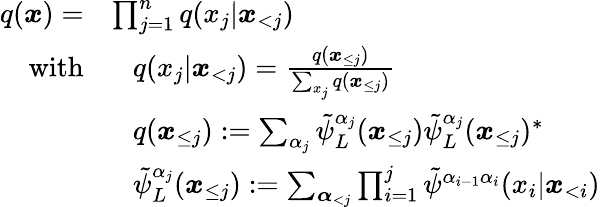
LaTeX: \begin{array}{rl}{q(\boldsymbol{x})=}&{\prod_{j=1}^{n}q(x_{j}|\boldsymbol{x}_{<j})}\\ {\mathrm{with}}&{\ \ \ q(x_{j}|\boldsymbol{x}_{<j})=\frac{q(\boldsymbol{x}_{\le j})}{\sum_{x_{j}}q(\boldsymbol{x}_{\le j})}}\\ &{\ \ \ q(\boldsymbol x_{\le j}):=\sum_{\alpha_{j}}\tilde{\psi}_{L}^{\alpha_{j}}(\boldsymbol x_{\le j})\tilde{\psi}_{L}^{\alpha_{j}}(\boldsymbol x_{\le j})^{*}}\\ &{\ \ \ \tilde{\psi}_{L}^{\alpha_{j}}(\boldsymbol x_{\le j}):=\sum_{\boldsymbol{\alpha}_{<j}}\prod_{i=1}^{j}\tilde{\psi}^{\alpha_{i-1}\alpha_{i}}(x_{i}|\boldsymbol x_{<i})}\end{array}